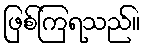
ဖြစ်ကြရသည်။